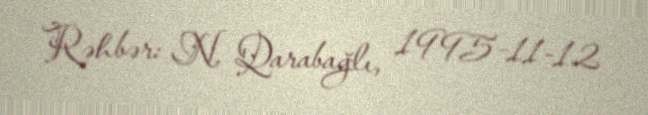
Rəhbər: N. Qarabağlı, 1995-11-12